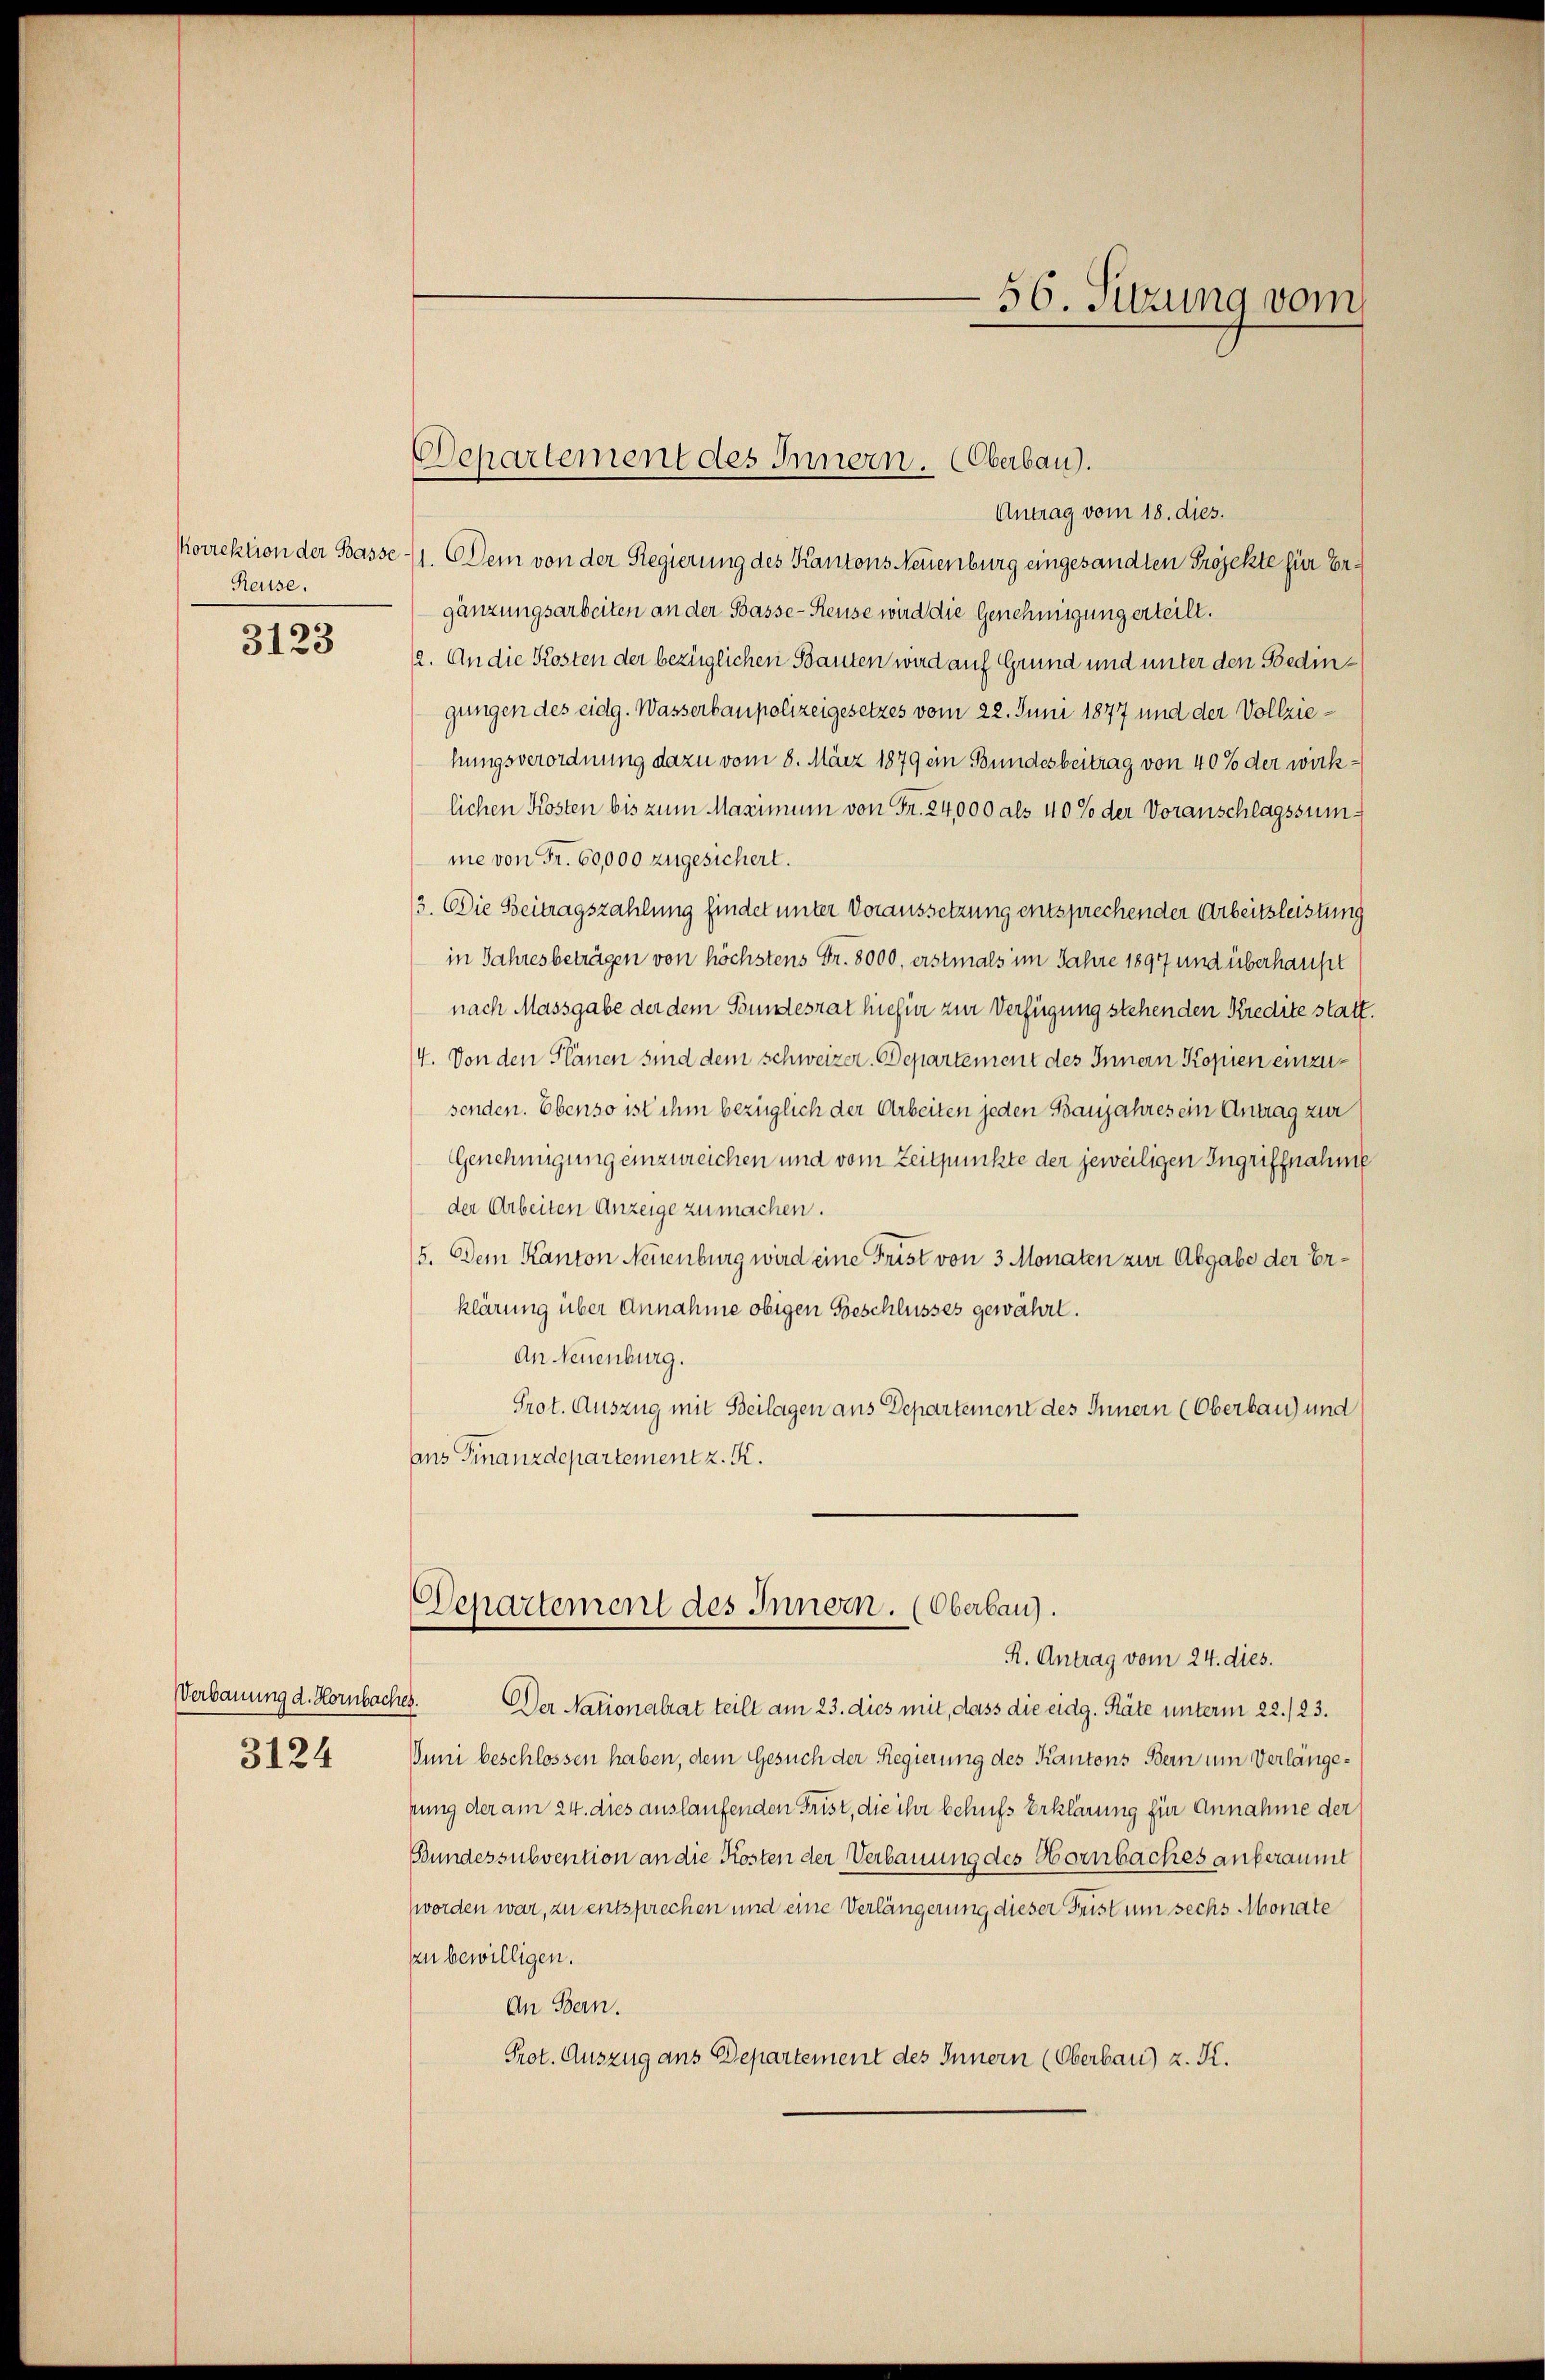
Heuse.

3123

Verbauung d. Hornbaches.
3124

Antrag vom 18. dies.
orrektion der Basse 1. Dem von der Regierung des Kantons Neuenburg eingesandten Projekte für Ergänzungsarbeiten an der Basse-Reuse wird die Genehmigung erteilt.
12. An die Kosten der bezüglichen Bauten wird auf Grund und unter den Bedingungen des eidg. Wasserbaupolizeigesetzes vom 22. Juni 1877 und der Vollziehungsverordnung dazu vom 8. März 1879 ein Bundesbeitrag von 40% der wirklichen Kosten bis zum Maximum von Fr. 24,000 als 40% der Voranschlagssumme von Fr. 60,000 zugesichert.
3. Die Beitragszahlung findet unter Voraussetzung entsprechender Arbeitsleistung
in Jahresbeträgen von höchstens Fr. 3000. erstmals im Jahre 1897 und überhauser
nach Massgabe der dem Bundesrat hiefür zur Verfügung stehenden Kredite statt.
4. Von den Plänen sind dem schweizer. Departement des Innern Kopien einzusenden. Ebenso ist ihm bezüglich der Arbeiten jeden Banjahres ein Antrag zur
Genehmigung einzureichen und vom Zeitpunkte der jeweiligen Ingriffnahme
der Arbeiten Anzeige zu machen.
(5. Dem Kanton Neuenburg wird eine Frist von 3 Monaten zur Abgabe der Erklärung über Annahme obigen Beschlusses gewährt.
An Neuenburg.
Prot. Auszug mit Beilagen aus Departement des Innern (Oberbau und
ans Finanzdepartement z. K.

Departement des Innern. (Oberbau).

56. Sitzung vom

Departement des Innern. (Oberbau.
R. Antrag vom 24. dies.

Der Nationalrat teilt am 23. dies mit, dass die eidg. Räte unterm 22./23.
Juni beschlossen haben, dem Gesuch der Regierung des Kantons Bern um Verlängerung der am 24. dies auslaufenden Frist, die ihr behufs Erklärung für Annahme der
Bundessubvention an die Kosten der Verbauung des Hornbaches anberaumt
worden war, zu entsprechen und eine Verlängerung dieser Frist um sechs Monate
zu bewilligen.
An Bern.
Prot. Auszug aus Departement des Innern (Oberbau) z. K.